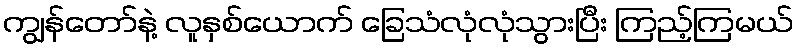
ကျွန်တော်နဲ့ လူနှစ်ယောက် ခြေသံလုံလုံသွားပြီး ကြည့်ကြမယ်